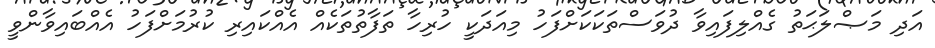
އަދި މަޞްލަޙަތު ގެއްލިފައިވާ ދުވަސްތަކަކަށްފަހު މިއަދަކީ ހުރިހާ ތަފާތުތަކެއް އެއްކައިރި ކުރުމަށްފަހު އެއްބައިވާންވީ